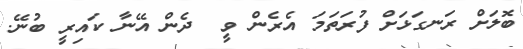
ބޮލަށް ރަނގަޅަށް ފުރަތަމަ އެރެން ވީ  ދެން އޭނާ ކައިރީ ބުނޭ.